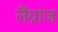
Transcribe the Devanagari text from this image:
लैंग्रांज